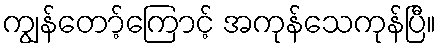
ကျွန်တော့်ကြောင့် အကုန်သေကုန်ပြီ။